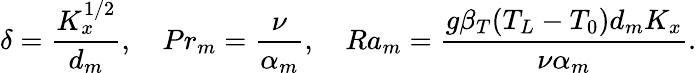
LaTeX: \delta=\frac{K_{x}^{1/2}}{d_{m}},\quad Pr_{m}=\frac{\nu}{\alpha_{m}},\quad Ra_{m}=\frac{g\beta_{T}(T_{L}-T_{0})d_{m}K_{x}}{\nu\alpha_{m}}.